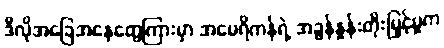
ဒီလိုအခြေအနေတွေကြားမှာ အမေရိကန်ရဲ့ အခွန်နှုန်းတိုးမြှင့်မှုက